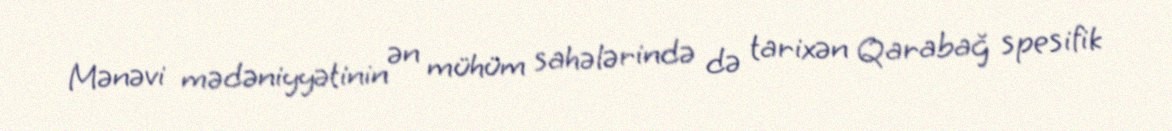
Mənəvi mədəniyyətinin ən mühüm sahələrində də tarixən Qarabağ spesifik